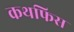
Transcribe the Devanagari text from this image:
कथफिस